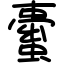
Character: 蟗